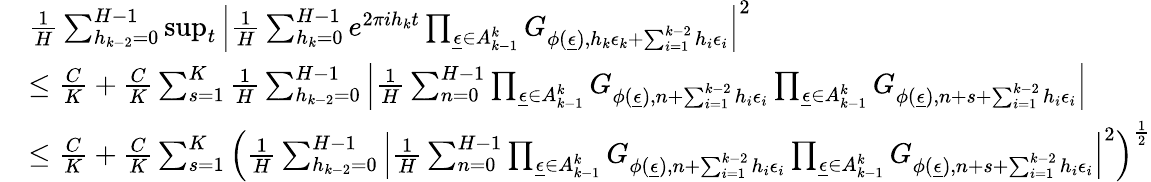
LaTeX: \begin{array}{rl}&{\frac{1}{H}\sum_{h_{k-2}=0}^{H-1}\operatorname*{sup}_{t}\Big|\frac{1}{H}\sum_{h_{k}=0}^{H-1}e^{2\pi ih_{k}t}\prod_{\underline{{\epsilon}}\in A_{k-1}^{k}}G_{\phi(\underline{{\epsilon}}),h_{k}\epsilon_{k}+\sum_{i=1}^{k-2}h_{i}\epsilon_{i}}\Big|^{2}}\\ &{\le\frac{C}{K}+\frac{C}{K}\sum_{s=1}^{K}\frac{1}{H}\sum_{h_{k-2}=0}^{H-1}\Big|\frac{1}{H}\sum_{n=0}^{H-1}\prod_{\underline{{\epsilon}}\in A_{k-1}^{k}}G_{\phi(\underline{{\epsilon}}),n+\sum_{i=1}^{k-2}h_{i}\epsilon_{i}}\prod_{\underline{{\epsilon}}\in A_{k-1}^{k}}G_{\phi(\underline{{\epsilon}}),n+s+\sum_{i=1}^{k-2}h_{i}\epsilon_{i}}\Big|}\\ &{\le\frac{C}{K}+\frac{C}{K}\sum_{s=1}^{K}\Big(\frac{1}{H}\sum_{h_{k-2}=0}^{H-1}\Big|\frac{1}{H}\sum_{n=0}^{H-1}\prod_{\underline{{\epsilon}}\in A_{k-1}^{k}}G_{\phi(\underline{{\epsilon}}),n+\sum_{i=1}^{k-2}h_{i}\epsilon_{i}}\prod_{\underline{{\epsilon}}\in A_{k-1}^{k}}G_{\phi(\underline{{\epsilon}}),n+s+\sum_{i=1}^{k-2}h_{i}\epsilon_{i}}\Big|^{2}\Big)^{\frac{1}{2}}}\end{array}